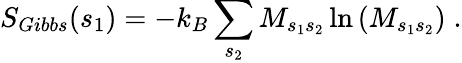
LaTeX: S_{Gibbs}(s_{1})=-k_{B}\sum_{s_{2}}M_{s_{1}s_{2}}\ln{(M_{s_{1}s_{2}})}\; .